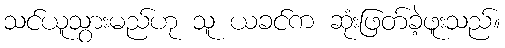
သင်ယူသွားမည်ဟု သူ ယခင်က ဆုံးဖြတ်ခဲ့ဖူးသည်။